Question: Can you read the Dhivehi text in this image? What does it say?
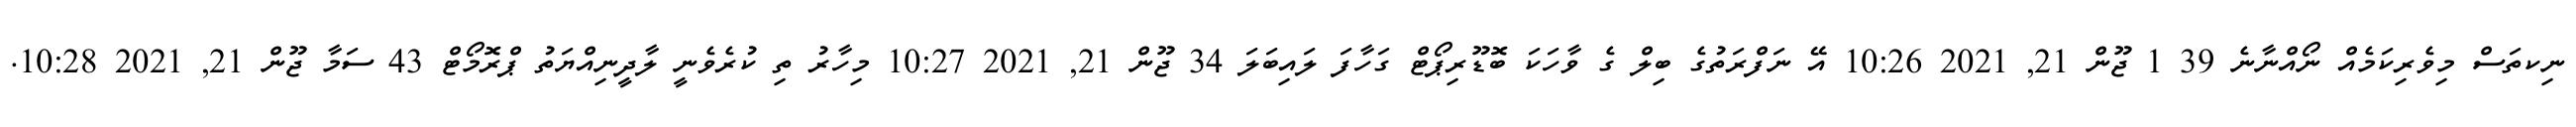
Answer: ނިކތަސް މިވެރިކަމެއް ނޯއްނާނެ 39 1 ޖޫން 21, 2021 10:26 އޭ ނަފްރަތުގެ ބިލް ގެ ވާހަކަ ބޮޑޫރިޕޯޓް ގަހާފަ ލައިބަލަ 34 ޖޫން 21, 2021 10:27 މިހާރު ތި ކުރެވެނީ ލާދީނިއްޔަތު ޕްރޮމޯޓް 43 ސަމާ ޖޫން 21, 2021 10:28.